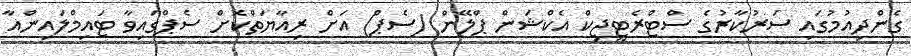
ގެންދިއުމުގައި ސަރުކާރުގެ ސްޓްރެޓީޖިކް އެކްޝަން ޕްލޭން (ސެޕް) އަށް ރިއާޔަތްކޮށް ސެޕްގައިވާ ޓައިމްލައިންއާ